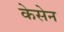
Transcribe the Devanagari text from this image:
केसेन